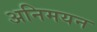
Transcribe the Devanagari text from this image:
अनिमयन